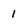
Character: 1